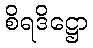
စိရဒိဋ္ဌော